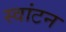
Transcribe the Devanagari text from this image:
स्वांटन